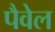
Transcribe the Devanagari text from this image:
पैवेल